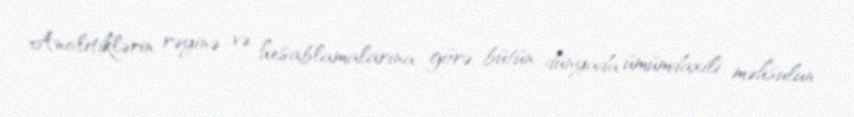
Analitiklərin rəyinə və hesablamalarına görə, bütün dünyada ümümdaxili məhsulun